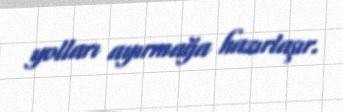
yolları ayırmağa hazırlaşır.